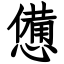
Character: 憊